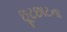
છૂટછાટના